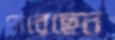
পারেছেন